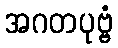
အဂတပုဗ္ဗံ